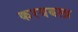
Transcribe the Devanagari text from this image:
करयबला